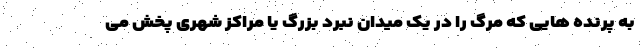
به پرنده هایی که مرگ را در یک میدان نبرد بزرگ یا مراکز شهری پخش می